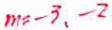
m = - 3 , - 2